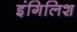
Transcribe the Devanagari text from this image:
इंगिलिश